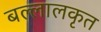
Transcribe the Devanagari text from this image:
बल्लालकृत